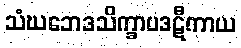
သံဃဘေဒသိက္ခာပဒဋီကာယ